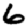
Digit: 6